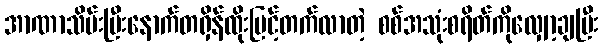
အာဏာသိမ်းပြီးနောက်တရှိန်ထိုးမြင့်တက်လာတဲ့ စစ်အသုံးစရိတ်ကိုလျှော့ချပြီး